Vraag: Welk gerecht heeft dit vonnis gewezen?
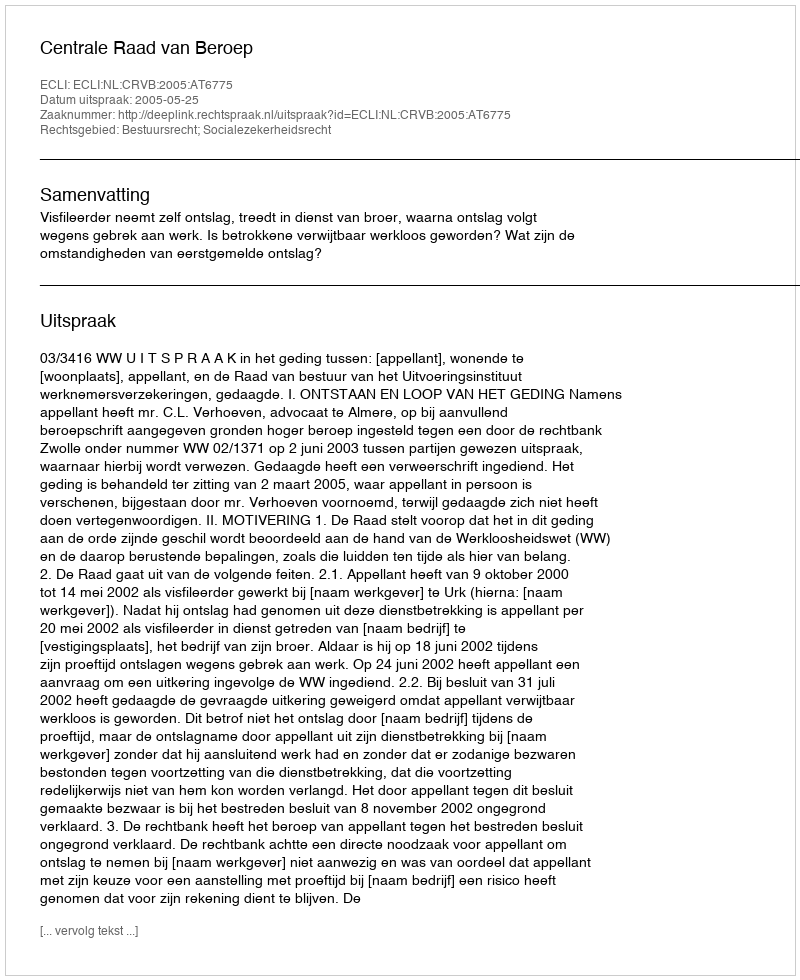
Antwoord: Centrale Raad van Beroep